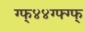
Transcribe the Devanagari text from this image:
ग्फ्४४ग्फ्ग्फ्